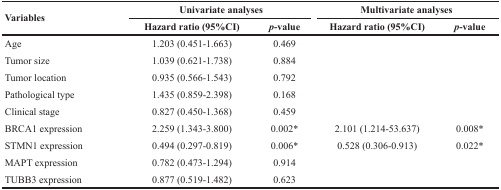
<table><thead><tr><td rowspan="2"><b>Variables</b></td><td colspan="2"><b>Univariate analyses</b></td><td colspan="2"><b>Multivariate analyses</b></td></tr><tr><td><b>Hazard ratio (95%CI)</b></td><td><b><i>p</i>-value</b></td><td><b>Hazard ratio (95%CI)</b></td><td><b><i>p</i>-value</b></td></tr></thead><tbody><tr><td>Age</td><td>1.203 (0.451-1.663)</td><td>0.469</td><td>[EMPTY_CELL]</td><td>[EMPTY_CELL]</td></tr><tr><td>Tumor size</td><td>1.039 (0.621-1.738)</td><td>0.884</td><td>[EMPTY_CELL]</td><td>[EMPTY_CELL]</td></tr><tr><td>Tumor location</td><td>0.935 (0.566-1.543)</td><td>0.792</td><td>[EMPTY_CELL]</td><td>[EMPTY_CELL]</td></tr><tr><td>Pathological type</td><td>1.435 (0.859-2.398)</td><td>0.168</td><td>[EMPTY_CELL]</td><td>[EMPTY_CELL]</td></tr><tr><td>Clinical stage</td><td>0.827 (0.450-1.368)</td><td>0.459</td><td>[EMPTY_CELL]</td><td>[EMPTY_CELL]</td></tr><tr><td>BRCA1 expression</td><td>2.259 (1.343-3.800)</td><td>0.002*</td><td>2.101 (1.214-53.637)</td><td>0.008*</td></tr><tr><td>STMN1 expression</td><td>0.494 (0.297-0.819)</td><td>0.006*</td><td>0.528 (0.306-0.913)</td><td>0.022*</td></tr><tr><td>MAPT expression</td><td>0.782 (0.473-1.294)</td><td>0.914</td><td>[EMPTY_CELL]</td><td>[EMPTY_CELL]</td></tr><tr><td>TUBB3 expression</td><td>0.877 (0.519-1.482)</td><td>0.623</td><td>[EMPTY_CELL]</td><td>[EMPTY_CELL]</td></tr></tbody></table>